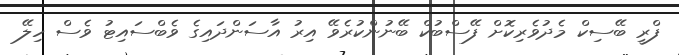
ފްރީ ބޭސިކް މެދުވެރިކޮށް ފޭސްބުކް ބޭނުންކުރެވޭ އިރު އާސަންދައިގެ ވެބްސައިޓު ވެސް ހިލޭ